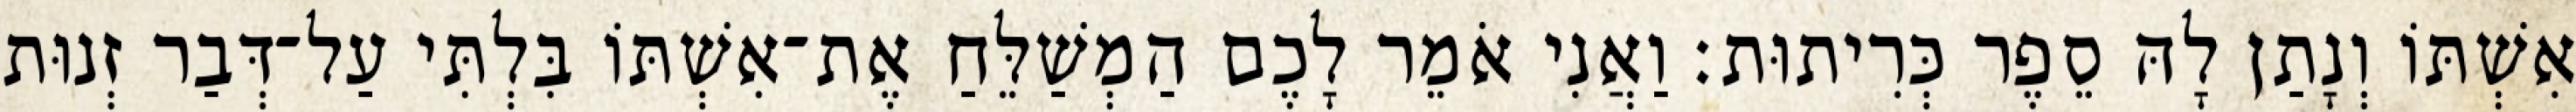
אִשְׁתּוֹ וְנָתַן לָהּ סֵפֶר כְּרִיתוּת׃ וַאֲנִי אֹמֵר לָכֶם הַמְשַׁלֵּחַ אֶת־אִשְׁתּוֹ בִּלְתִּי עַל־דְּבַר זְנוּת